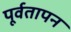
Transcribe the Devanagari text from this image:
पूर्वतापन